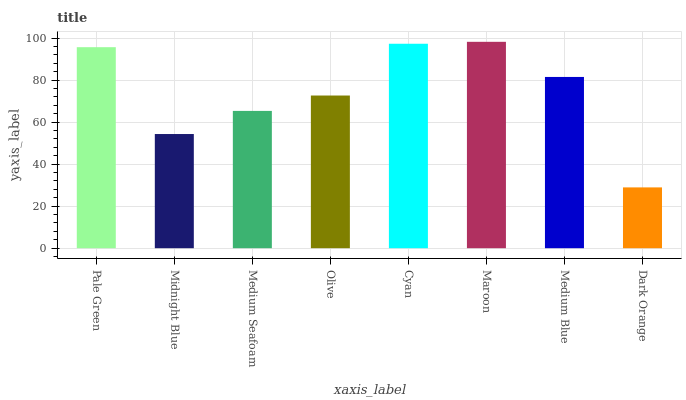
| xaxis_label | bars |
 | --- | --- |
 | Pale Green | 95.7 |
 | Midnight Blue | 54.3 |
 | Medium Seafoam | 65.3 |
 | Olive | 72.7 |
 | Cyan | 97.3 |
 | Maroon | 98.2 |
 | Medium Blue | 81.5 |
 | Dark Orange | 28.9 |